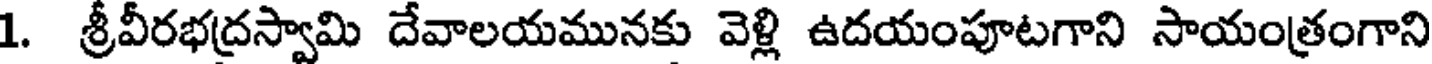
1. శ్రీవీరభద్రస్వామి దేవాలయమునకు వెళ్లి ఉదయంపూటగాని సాయంత్రంగాని